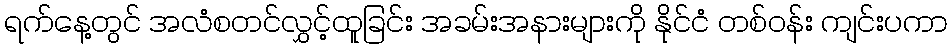
ရက်နေ့တွင် အလံစတင်လွှင့်ထူခြင်း အခမ်းအနားများကို နိုင်ငံ တစ်ဝန်း ကျင်းပကာ